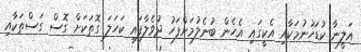
އަލީނާ ކުޑަހުނުމަކާއި އެކީގައި އެހެން ބުނެލުމަށްފަހު ދުވެލާފައި ކަހަލަ ގޮތަކަށް ގޮސް ގަސްތަކާއި